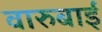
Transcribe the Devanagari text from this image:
वारुबाई